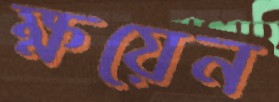
ক্ষয়েন